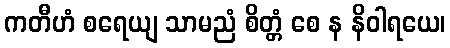
ကတီဟံ စရေယျ သာမညံ စိတ္တံ စေ န နိဝါရယေ၊